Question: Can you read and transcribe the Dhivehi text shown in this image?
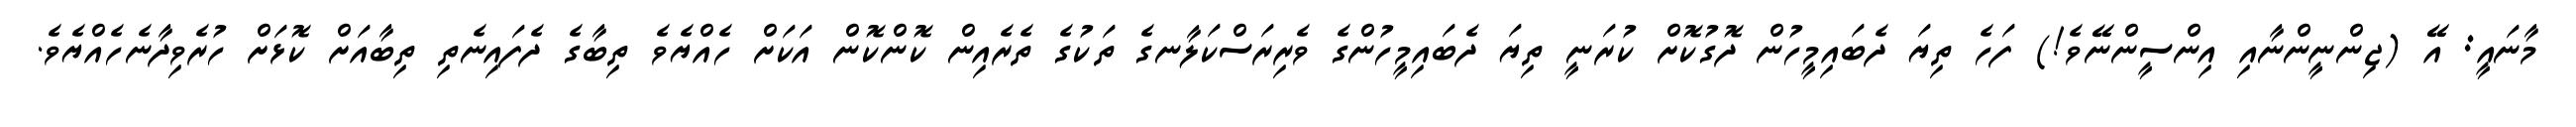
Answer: މާނައީ: އޭ (ޖިންނީންނާއި އިންސީންނޭވެ!) ފަހެ ތިޔަ ދެބައިމީހުން ދޮގުކޮށް ކުރަނީ ތިޔަ ދެބައިމީހުންގެ ވެރިރަސްކަލާނގެ ތަކުގެ ތެރެއިން ކޮންކޮން އަކަށް ހެއްޔެވެ ތިބާގެ ދެފައިނެތި ތިބާއަށް ކޮޅަށް ހުރެވިދާނެހެއްޔެވެ.